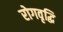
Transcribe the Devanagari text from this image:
रोगवृद्धि